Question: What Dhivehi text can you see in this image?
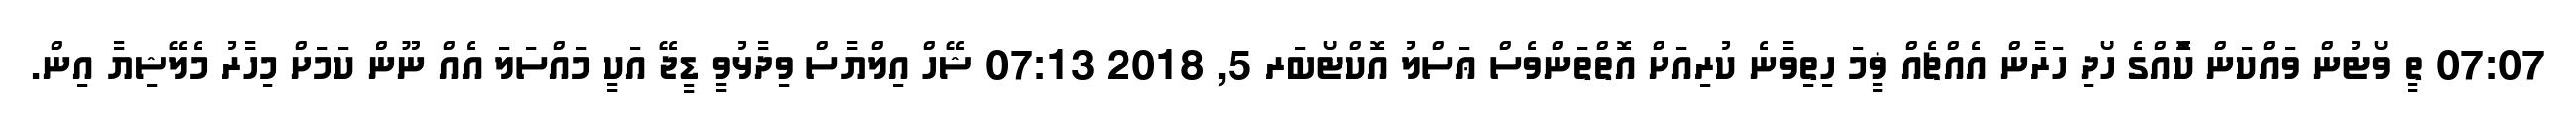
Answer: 07:07 ތީ ވޯޓުން ވައްކަން ކޮްއްގެ ހޯދި ހަރާން އެއްޗެއް ޥީމަ ހިތިވާނެ ކުރިއަށް އޮތްތަންވެސް ޢަސްލު އޮކްޓޯބަރ 5, 2018 07:13 ޝޭހް އިލްޔާސް ވިދާޅުވީ ޑީޖޭ އަކީ މައްސަލަ އެއް ނޫން ކަމަށް މިހާރު މެލޭޝިޔާ އިން.